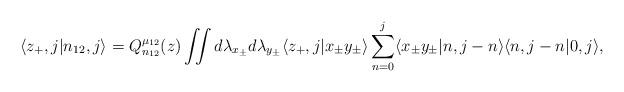
LaTeX: \begin{align*} \langle z_+,j | n_{12},j \rangle = Q_{n_{12}}^{\mu_{12}}(z) \iint d\lambda_{x_\pm} d\lambda_{y_\pm} \langle z_+,j | x_\pm y_\pm \rangle \displaystyle\sum\limits_{n=0}^{j} \langle x_\pm y_\pm |n,j-n\rangle \langle n, j-n | 0,j \rangle,\end{align*}